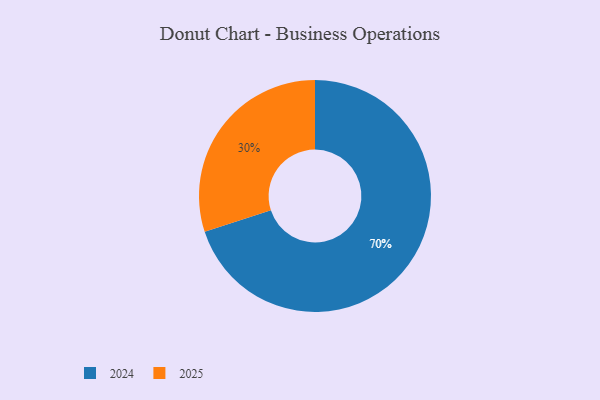
{"axis": {"x": "Category", "y": "Percentage"}, "legend": ["2024", "2025"], "data": [{"x": "2025", "y": 30, "type": "2025"}, {"x": "2024", "y": 70, "type": "2024"}]}